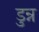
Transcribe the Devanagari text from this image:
डुन्न